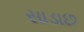
સાડાછ